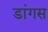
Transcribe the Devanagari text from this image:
डांगस